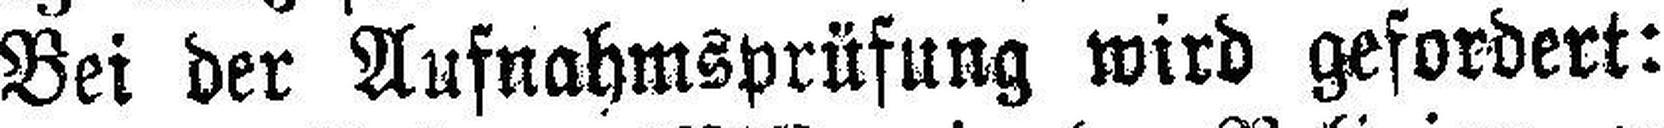
Bei der Aufnahmsprüfung wird gefordert: